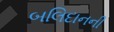
બલિદાનની